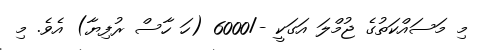
މި މަސައްކަތުގެ ޖުމްލަ އަގަކީ -/6000 (ހަ ހާސް ރުފިޔާ) އެވެ. މި